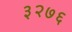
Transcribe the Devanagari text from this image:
३२७६